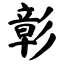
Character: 彰